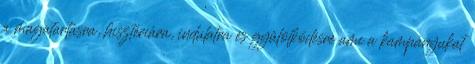
a magatartásra, hisztériára, indulatra és gyűlölködésre ami a kampányukat